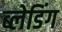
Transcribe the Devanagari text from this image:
ब्लेडिंग